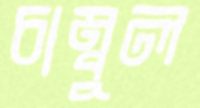
চাম্বুল